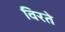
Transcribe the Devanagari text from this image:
विरते